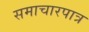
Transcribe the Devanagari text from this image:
समाचारपात्र